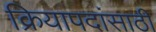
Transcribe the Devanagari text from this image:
क्रियापदांसाठी